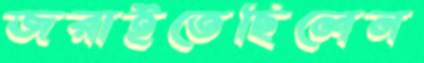
জরাইতেছিলেন